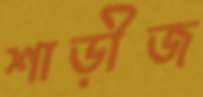
শাড়ীজ